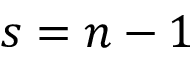
s = n - 1